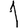
Digit: 1